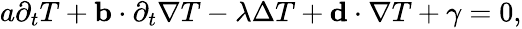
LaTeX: \begin{array}{r}{a\partial_{t}T+\mathbf b\cdot\partial_{t}\nabla T-\lambda\Delta T+\mathbf d\cdot\nabla T+\gamma=0,}\end{array}